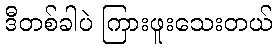
ဒီတစ်ခါပဲ ကြားဖူးသေးတယ်